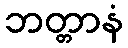
ဘတ္တာနံ